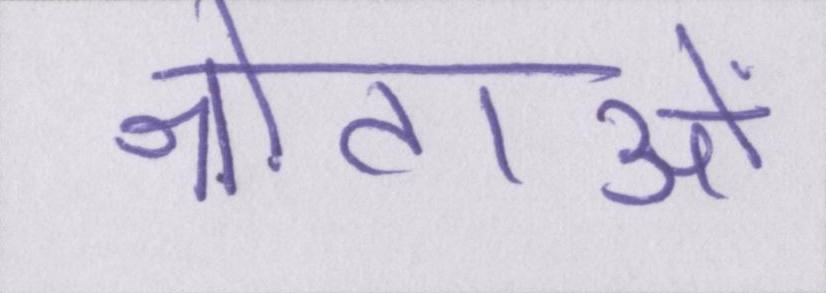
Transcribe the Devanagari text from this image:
श्रोताओं